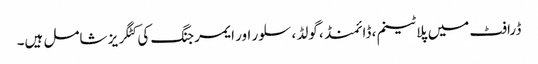
ڈرافٹ میں پلاٹینم ، ڈائمنڈ ، گولڈ ، سلور اور ایمرجنگ کی کٹگریز شامل ہیں۔